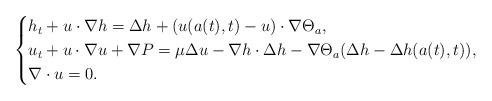
LaTeX: \begin{align*}\begin{cases}h_t+u\cdot \nabla h=\Delta h+(u(a(t), t)-u)\cdot\nabla\Theta_a,\\u_t+u\cdot\nabla u+\nabla P=\mu\Delta u-\nabla h\cdot\Delta h -\nabla\Theta_a(\Delta h-\Delta h(a(t), t)),\\\nabla\cdot u =0.\end{cases}\end{align*}